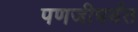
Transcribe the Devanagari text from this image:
पणजीपर्यंत